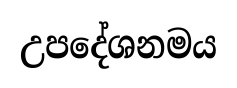
උපදේශනමය